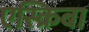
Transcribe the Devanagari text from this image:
एस्क्रिबा